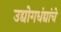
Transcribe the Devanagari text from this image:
उद्योगधंद्यांचे